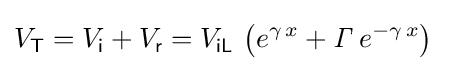
V_{\mathsf {T}}=V_{\mathsf {i}}+V_{\mathsf {r}}=V_{\mathsf {iL}}\,\left(e^{\gamma \,x}+{\mathit {\Gamma }}\,e^{-\gamma \,x}\right)~